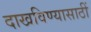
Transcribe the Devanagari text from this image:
दाखविण्यासाठीं